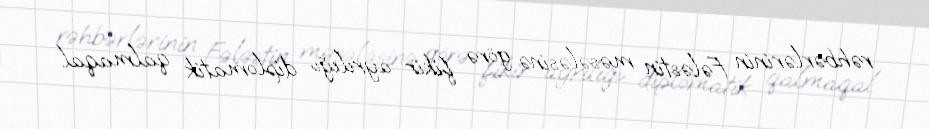
rəhbərlərinin Fələstin məsələsinə görə fikir ayrılığı diplomatik qalmaqal